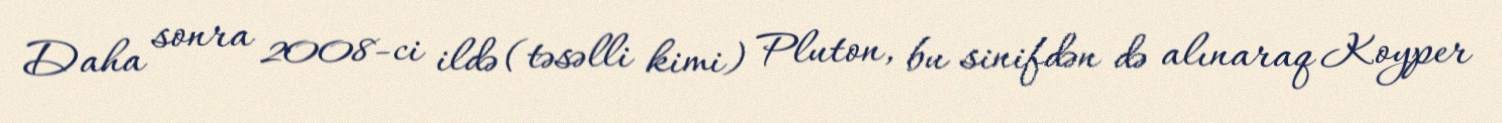
Daha sonra 2008-ci ildə (təsəlli kimi) Pluton, bu sinifdən də alınaraq Koyper